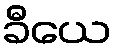
ခီယေ